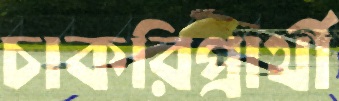
চাকরিপ্রার্থী